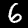
Digit: 6